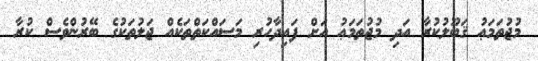
މުޖުތަމަޢު ޤަބޫލުކުރާ އަދި މުޖުތަމަޢު އަށް ފައިދާހުރި މަސައްކަތްތަކެއް ޖަލުތަކުގެ ބޭރުންވެސް ކުރާ